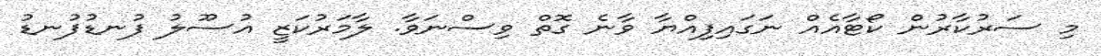
މި ސަރުކާރުން ކޯޓާއެއް ނަގައިފިއްޔާ ވާނެ ގޮތް ވިސްނަވާ. ލާމަރުކަޒީ އުސޫލު ފުނޑުފުނޑު